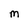
Character: M